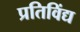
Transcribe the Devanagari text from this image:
प्रतिविंद्य